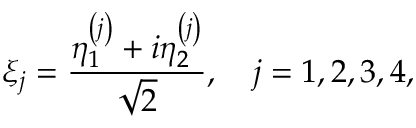
\xi _ { j } = \frac { \eta _ { 1 } ^ { \left( j \right) } + i \eta _ { 2 } ^ { \left( j \right) } } { \sqrt { 2 } } , \quad j = 1 , 2 , 3 , 4 ,